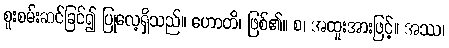
စူးစမ်းဆင်ခြင်၍ ပြုလေ့ရှိသည်။ ဟောတိ၊ ဖြစ်၏။ စ၊ အထူးအားဖြင့်။ အဿ၊